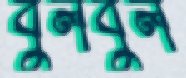
বুলবুল